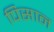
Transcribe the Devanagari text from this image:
पिसान